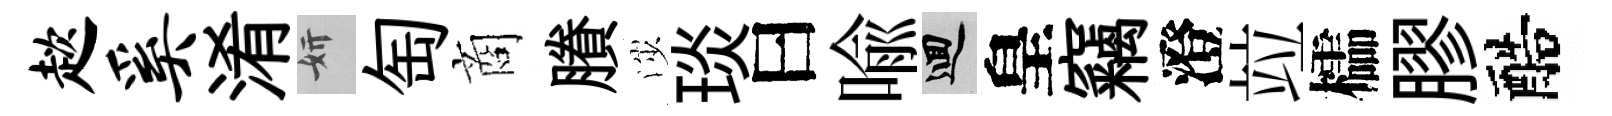
趑奚淆妍匋商賸渉琰曰喩回皇竊澄竝櫺膠醅